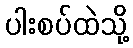
ပါးစပ်ထဲသို့